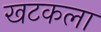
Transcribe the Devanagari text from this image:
खटकला